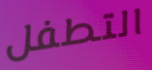
التطفل